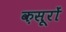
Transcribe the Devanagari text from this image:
क़सूरों